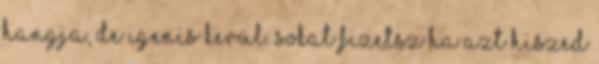
hangja, de igenis kerül. Sokat fizetsz ha azt hiszed